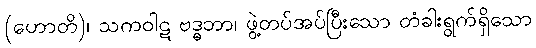
(ဟောတိ)၊ သကဝါဋ ဗဒ္ဓဘာ၊ ဖွဲ့တပ်အပ်ပြီးသော တံခါးရွက်ရှိသော